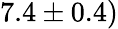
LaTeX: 7.4\pm 0.4)